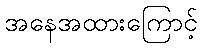
အနေအထားကြောင့်